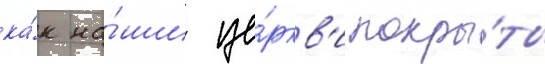
ка́к на́ши це́ркв'и покры́ты